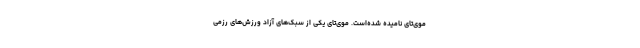
موی‌تای نامیده شده‌است. موی‌تای یکی از سبک‌های آزاد ورزش‌های رزمی